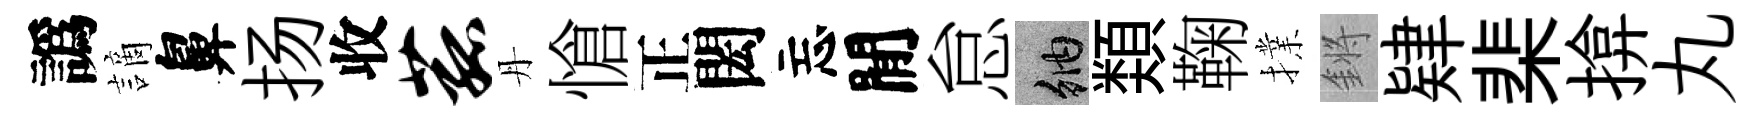
譌謫鼻扬收菰丹愴正閎忘閒怠納𩔖鞠擈鏘肄棐揜丸